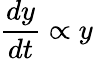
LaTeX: {\frac{dy}{dt}}\propto y